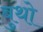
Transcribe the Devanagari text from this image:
बुथो